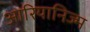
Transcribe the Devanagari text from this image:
आरियानिज्म